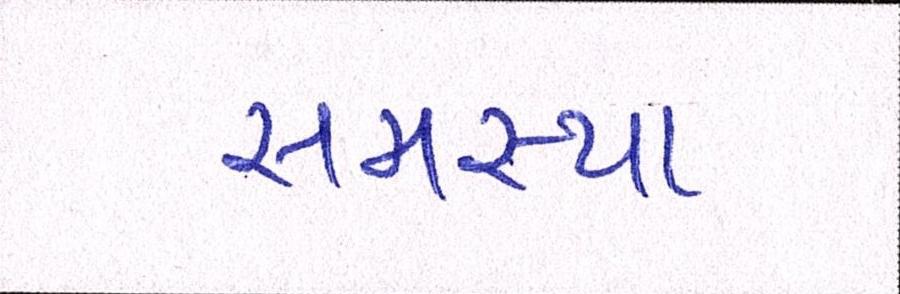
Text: સમસ્યા